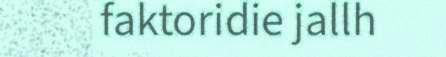
faktoridie jallh